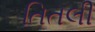
તિતલી